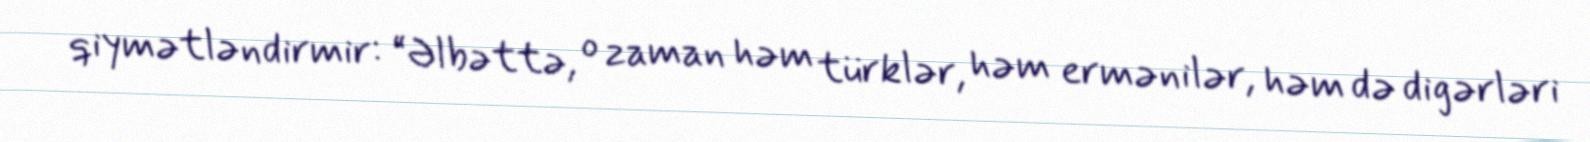
qiymətləndirmir: “Əlbəttə, o zaman həm türklər, həm ermənilər, həm də digərləri